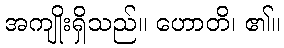
အကျိုးရှိသည်။ ဟောတိ၊ ၏။